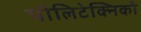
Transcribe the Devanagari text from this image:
पोलिटेक्निको